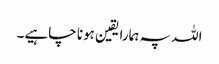
اللہ پہ ہمارا یقین ہونا چاہیے۔